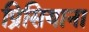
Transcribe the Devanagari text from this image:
प्रिसियाना